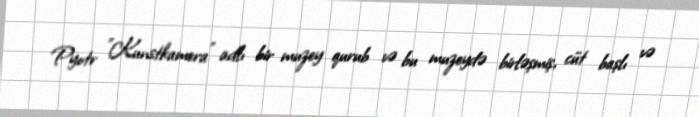
Pyotr "Kunstkamera" adlı bir muzey qurub və bu muzeydə birləşmiş, cüt başlı və